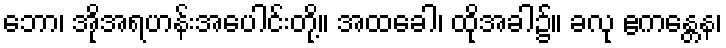
ဘော၊ အိုအရဟန်းအပေါင်းတို့။ အထခေါ၊ ထိုအခါ၌။ ခလု ဧကန္တေန၊